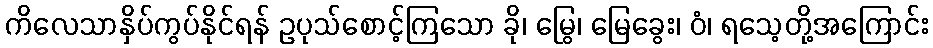
ကိလေသာနှိပ်ကွပ်နိုင်ရန် ဥပုသ်စောင့်ကြသော ခို၊ မြွေ၊ မြေခွေး၊ ဝံ၊ ရသေ့တို့အကြောင်း